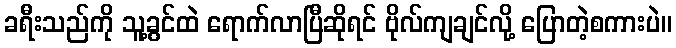
ခရီးသည်ကို သူ့ခွင်ထဲ ရောက်လာပြီဆိုရင် ဗိုလ်ကျချင်လို့ ပြောတဲ့စကားပဲ။